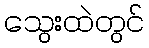
သွေးထဲတွင်